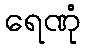
ရေဏုံ